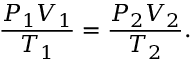
{ \frac { P _ { 1 } V _ { 1 } } { T _ { 1 } } } = { \frac { P _ { 2 } V _ { 2 } } { T _ { 2 } } } .